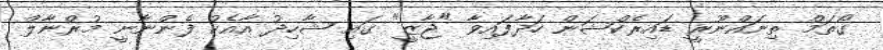
ގޯތަމް ތިނައްނޫރީ ޑައިރެކްޝަން ހަދާފައިވާ "ޖާޒީ" ގައި ޝާހިދު އާއެކު ފެންނާނީ މުރްނާލް